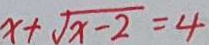
x + \sqrt { x - 2 } = 4